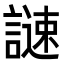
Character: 𧫻